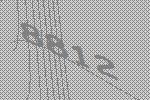
8812